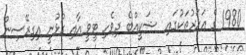
1980 ގެ އަހަރުތަކުގައި  ޝަކީއްބެ ދިވެހި ޓީވީ އާއި ގުޅުނީ އިގިރޭސިން